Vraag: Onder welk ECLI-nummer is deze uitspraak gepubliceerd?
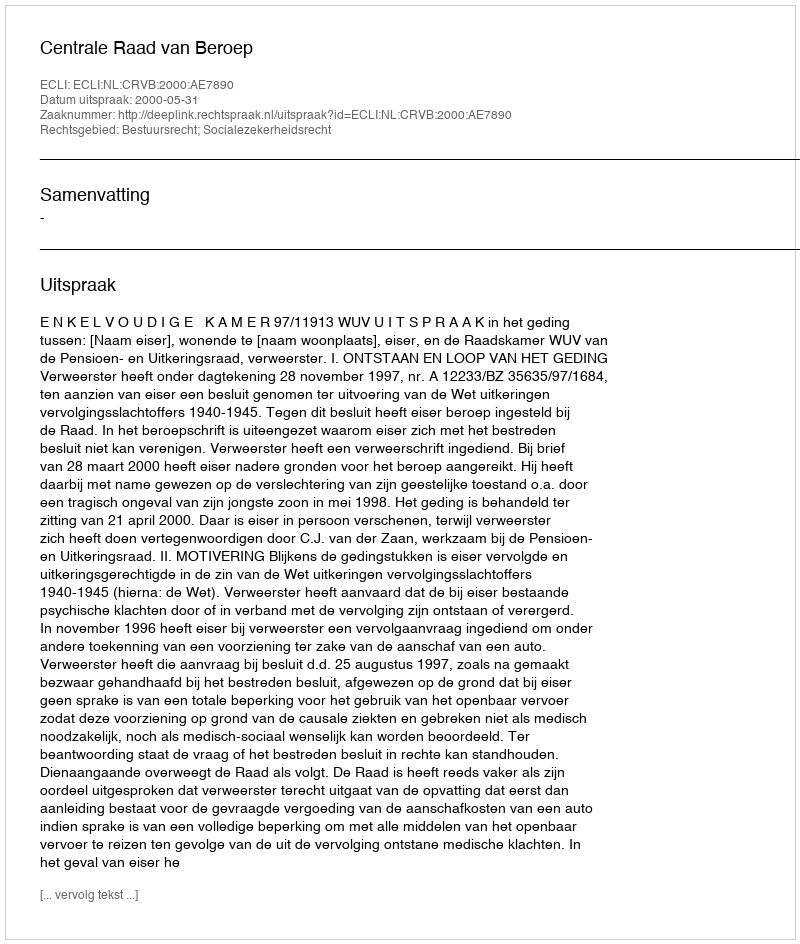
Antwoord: ECLI:NL:CRVB:2000:AE7890